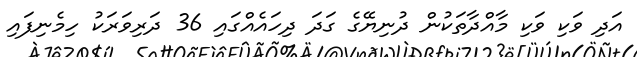
އަދި ވަކި ވަކި މާއްދާތަކުން ދުނިޔޭގެ ގަދަ ދިހައެއްގައި 36 ދަރިވަރަކު ހިމެނިފައި